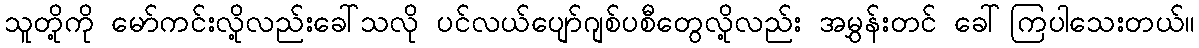
သူတို့ကို မော်ကင်းလို့လည်းခေါ်သလို ပင်လယ်ပျော်ဂျစ်ပစီတွေလို့လည်း အမွှန်းတင် ခေါ်ကြပါသေးတယ်။